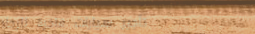
تأجير سيارات فاخرة للرحلا